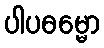
ပါပဓမ္မော